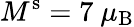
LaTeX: M^{\mathrm{s}}=7~\mu_{\mathrm{B}}